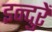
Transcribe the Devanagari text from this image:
इन्दुरें